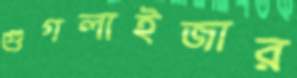
গুগলাইজার